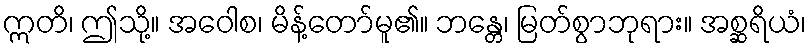
ဣတိ၊ ဤသို့။ အဝေါစ၊ မိန့်တော်မူ၏။ ဘန္တေ၊ မြတ်စွာဘုရား။ အစ္ဆရိယံ၊